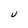
Character: U